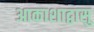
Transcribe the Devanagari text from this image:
आकाशाद्वासु